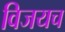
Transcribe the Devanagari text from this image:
विजयच